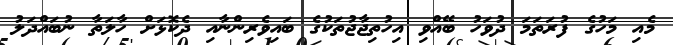
މެއި މަހުގެ ފުރަތަމަ ދުވަހު ބޭއްވި އިހުތިޖާޖުތަކުގެ ބައިވެރިންނާއި ދެކޮޅަށް ހާލަތާ ނުބައްދަލު